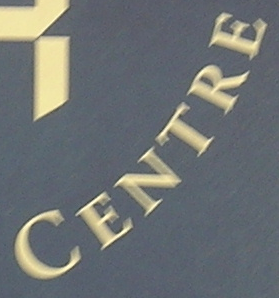
CENTRE